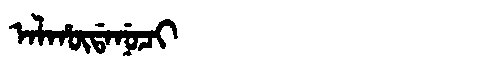
Manchu: ᠠᠯᡥᡡᡩᠠᠨᡠᠴᡳ
Romanization: ALHŪDANUCI